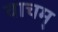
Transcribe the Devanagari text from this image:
वाचम्